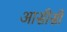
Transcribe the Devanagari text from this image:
आसीसी